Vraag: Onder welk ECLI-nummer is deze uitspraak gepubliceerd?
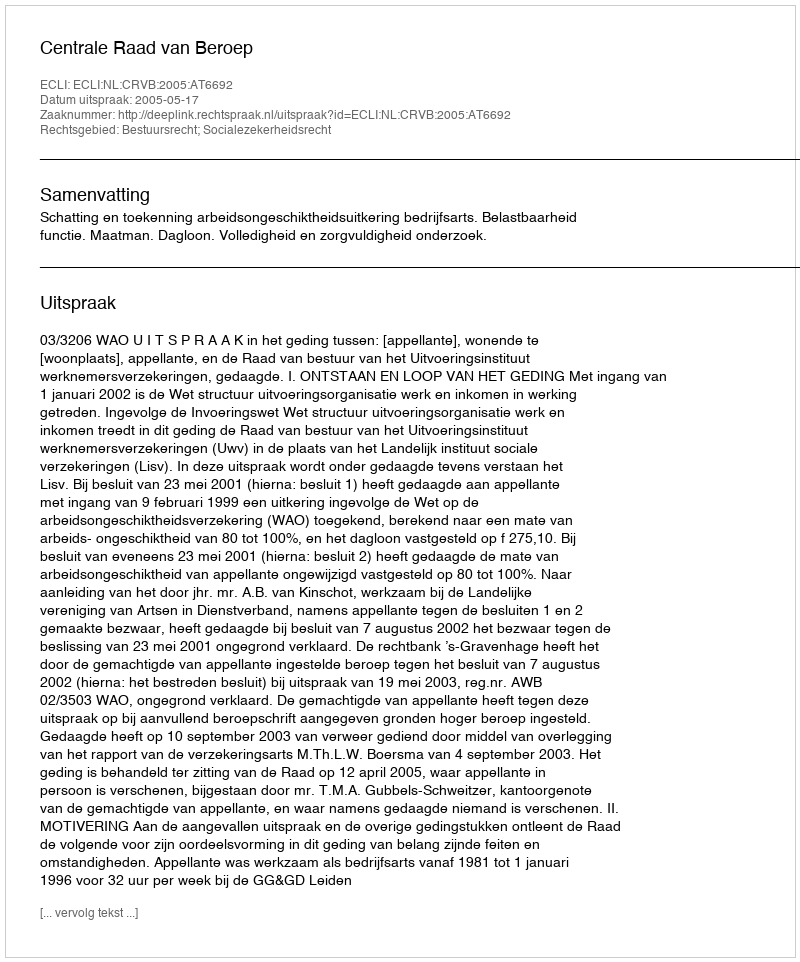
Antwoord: ECLI:NL:CRVB:2005:AT6692